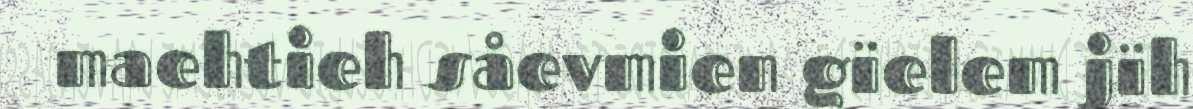
maehtieh såevmien gïelem jïh